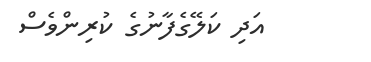
އަދި ކަލޭގެފާނުގެ ކުރިންވެސް